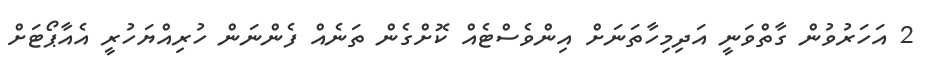
2 އަހަރުވުން ގާތްވަނީ އަދިމިހާތަނަށް އިންވެސްޓެއް ކޮށްގެން ތަނެއް ފެންނަން ހުރިއްޔަހުރީ އެއާޕޯޓަށް